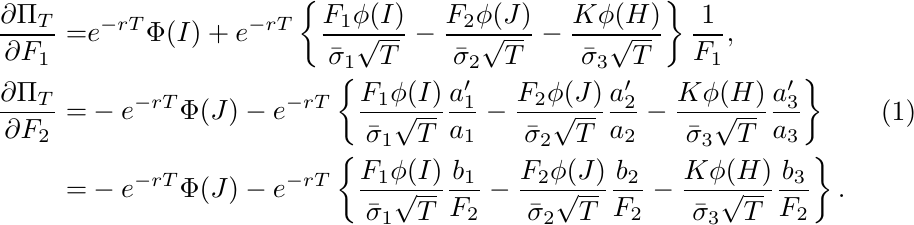
\begin{equation}
\begin{split}
 \frac{\partial\Pi_{T}}{\partial F_{1}}=&e^{-rT}\Phi(I)+e^{-rT}\left\{\frac{F_{1}\phi(I)}{\bar{\sigma}_{1}\sqrt{T}}-\frac{F_{2}\phi(J)}{\bar{\sigma}_{2}\sqrt{T}}-\frac{K\phi(H)}{\bar{\sigma}_{3}\sqrt{T}}\right\}\frac{1}{F_{1}},\\
\frac{\partial\Pi_{T}}{\partial F_{2}}=&-e^{-rT}\Phi(J)-e^{-rT}\left\{\frac{F_{1}\phi(I)}{\bar{\sigma}_{1}\sqrt{T}}\frac{a_{1}'}{a_{1}}-\frac{F_{2}\phi(J)}{\bar{\sigma}_{2}\sqrt{T}}\frac{a_{2}'}{a_{2}}-\frac{K\phi(H)}{\bar{\sigma}_{3}\sqrt{T}}\frac{a_{3}'}{a_{3}}\right\}\\
=&-e^{-rT}\Phi(J)-e^{-rT}\left\{\frac{F_{1}\phi(I)}{\bar{\sigma}_{1}\sqrt{T}}\frac{b_{1}}{F_{2}}-\frac{F_{2}\phi(J)}{\bar{\sigma}_{2}\sqrt{T}}\frac{b_{2}}{F_{2}}-\frac{K\phi(H)}{\bar{\sigma}_{3}\sqrt{T}}\frac{b_{3}}{F_{2}}\right\}.
\end{split}
\end{equation}